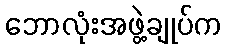
ဘောလုံးအဖွဲ့ချုပ်က